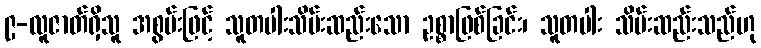
၉-လူဇာတ်ရှိသူ အစွမ်းဖြင့် သူတပါးသိမ်းဆည်းသော ဥစ္စာဖြစ်ခြင်း၊ သူတပါး သိမ်းဆည်းသည်ဟု